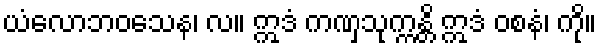
ယံလောဘဝသေန၊ လ။ ဣဒံ ကဏှသုက္ကန္တိ ဣဒံ ဝစနံ၊ ကို။